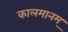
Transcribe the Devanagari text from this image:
कालमानम्